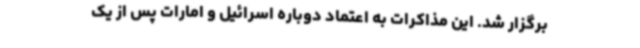
برگزار شد. این مذاکرات به اعتماد دوباره اسرائیل و امارات پس از یک